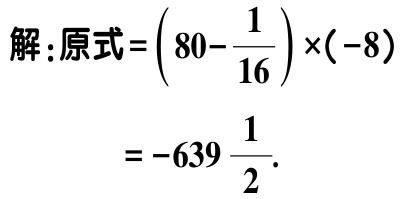
解：原式\(=\left(80 - \dfrac{1}{16}\right)\times(-8)\)

\(=-639\dfrac{1}{2}\).